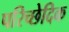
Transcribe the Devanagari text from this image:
परिच्छेदिक